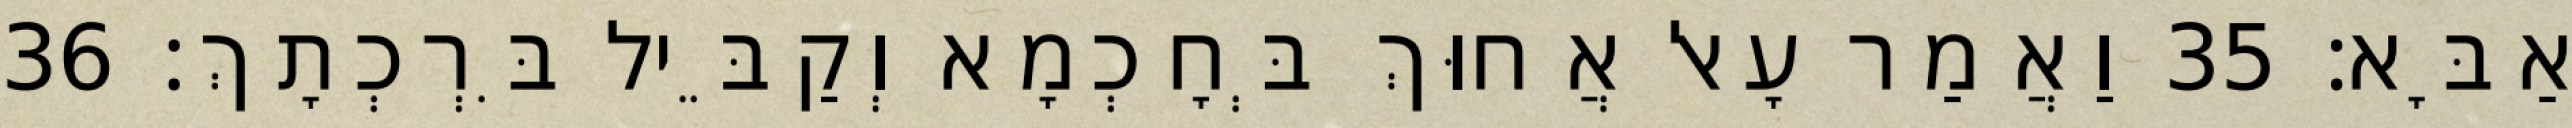
אַבָּא׃ 35 וַאֲמַר עָאל אֲחוּךְ בְּחָכְמָא וְקַבֵּיל בִּרְכְתָךְ׃ 36